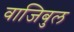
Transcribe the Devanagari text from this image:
वाजिबुल